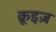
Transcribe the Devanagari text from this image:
क्रूइज़